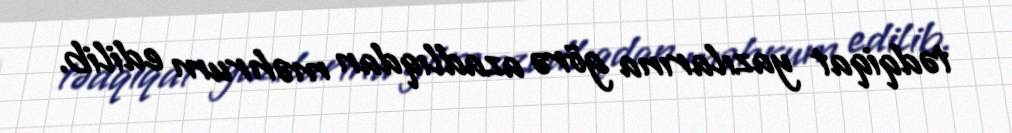
tədqiqat yazılarına görə azadlıqdan məhrum edilib.